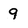
Character: 9